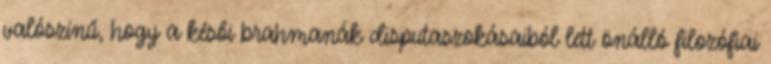
valószínű, hogy a késői brahmanák disputaszokásaiból lett önálló filozófiai